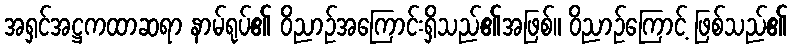
အရှင်အဋ္ဌကထာဆရာ နာမ်ရုပ်၏ ဝိညာဉ်အကြောင်းရှိသည်၏အဖြစ်။ ဝိညာဉ်ကြောင့် ဖြစ်သည်၏